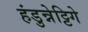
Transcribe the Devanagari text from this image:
हंडुन्नेट्टिगे